Vaccination in Bombay 1874-1876 - 1874-1876
Year: 1874
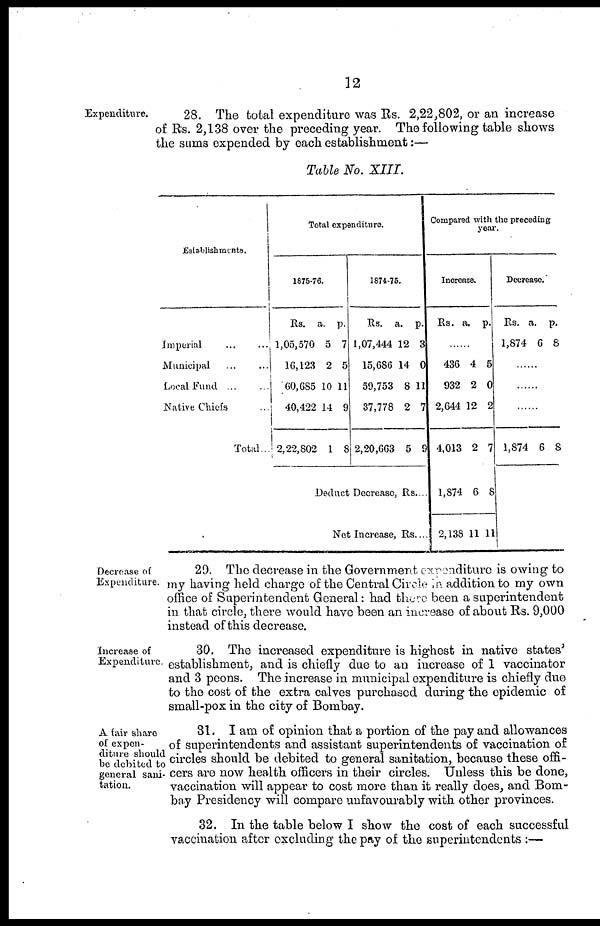
12
Expenditure.
28. The total expenditure was Rs. 2,22,802, or an increase
of Rs. 2,138 over the preceding year. The following table shows
the sums expended by each establishment:—
Table No. XIII.
Establishments.
Imperial
...
...
Municipal ... ...
Local Fund ... ...
Native Chiefs ...
Total..
Total expenditure.
1875-76.
Rs.
1,05,570
16,123
60,685
40,422
2,22,802
a.
5
2
10
14
1
p.
7
5
11
9
8
1874-75.
Rs.
1,07,444
15,686
59,753
37,778
2,20,663
a.
12
14
8
2
5
p.
3
0
11
7
9
Deduct Decrease, Rs....
Net Increase, Rs...
Compared with the preceding
year.
Incrcase.
Rs. a. p.
......
436
932
2,644
4,013
1,874
2,138
4
2
12
2
6
11
5
0
2
7
8
11
Decrease.
Rs.
1,874
a.
6
p.
8
......
......
......
1,874 6 8
Decrease of
Expenditure.
29. The decrease in the Government expenditure is owing to
my having held charge of the Central Circle in addition to my own
office of Superintendent General: had there been a superintendent
in that circle, there would have been an increase of about Rs. 9,000
instead of this decrease.
Increase of
Expenditure.
30. The increased expenditure is highest in native states'
establishment, and is chiefly due to an increase of 1 vaccinator
and 3 peons. The increase in municipal expenditure is chiefly due
to the cost of the extra calves purchased during the epidemic of
small-pox in the city of Bombay.
A fair share
of expen-
diture should
be debited to
general sani-
tation.
31. I am of opinion that a portion of the pay and allowances
of superintendents and assistant superintendents of vaccination of
circles should be debited to general sanitation, because these offi-
cers are now health officers in their circles. Unless this be done,
vaccination will appear to cost more than it really does, and Bom-
bay Presidency will compare unfavourably with other provinces.
32. In the table below I show the cost of each successful
vaccination after excluding the pay of the superintendents :—